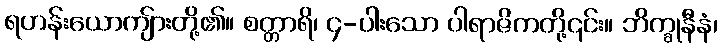
ရဟန်းယောကျ်ားတို့၏။ စတ္တာရိ၊ ၄-ပါးသော ပါရာဇိကတို့၎င်း။ ဘိက္ခုနီနံ၊